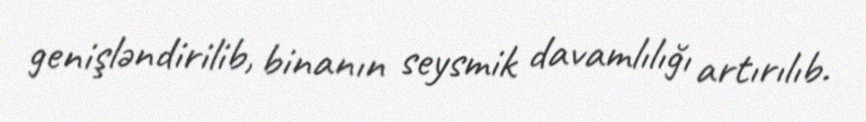
genişləndirilib, binanın seysmik davamlılığı artırılıb.